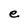
Character: e